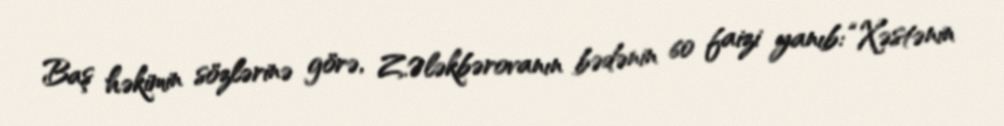
Baş həkimin sözlərinə görə, Z.Ələkbərovanın bədənin 60 faizi yanıb: “Xəstənin